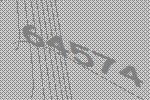
64574